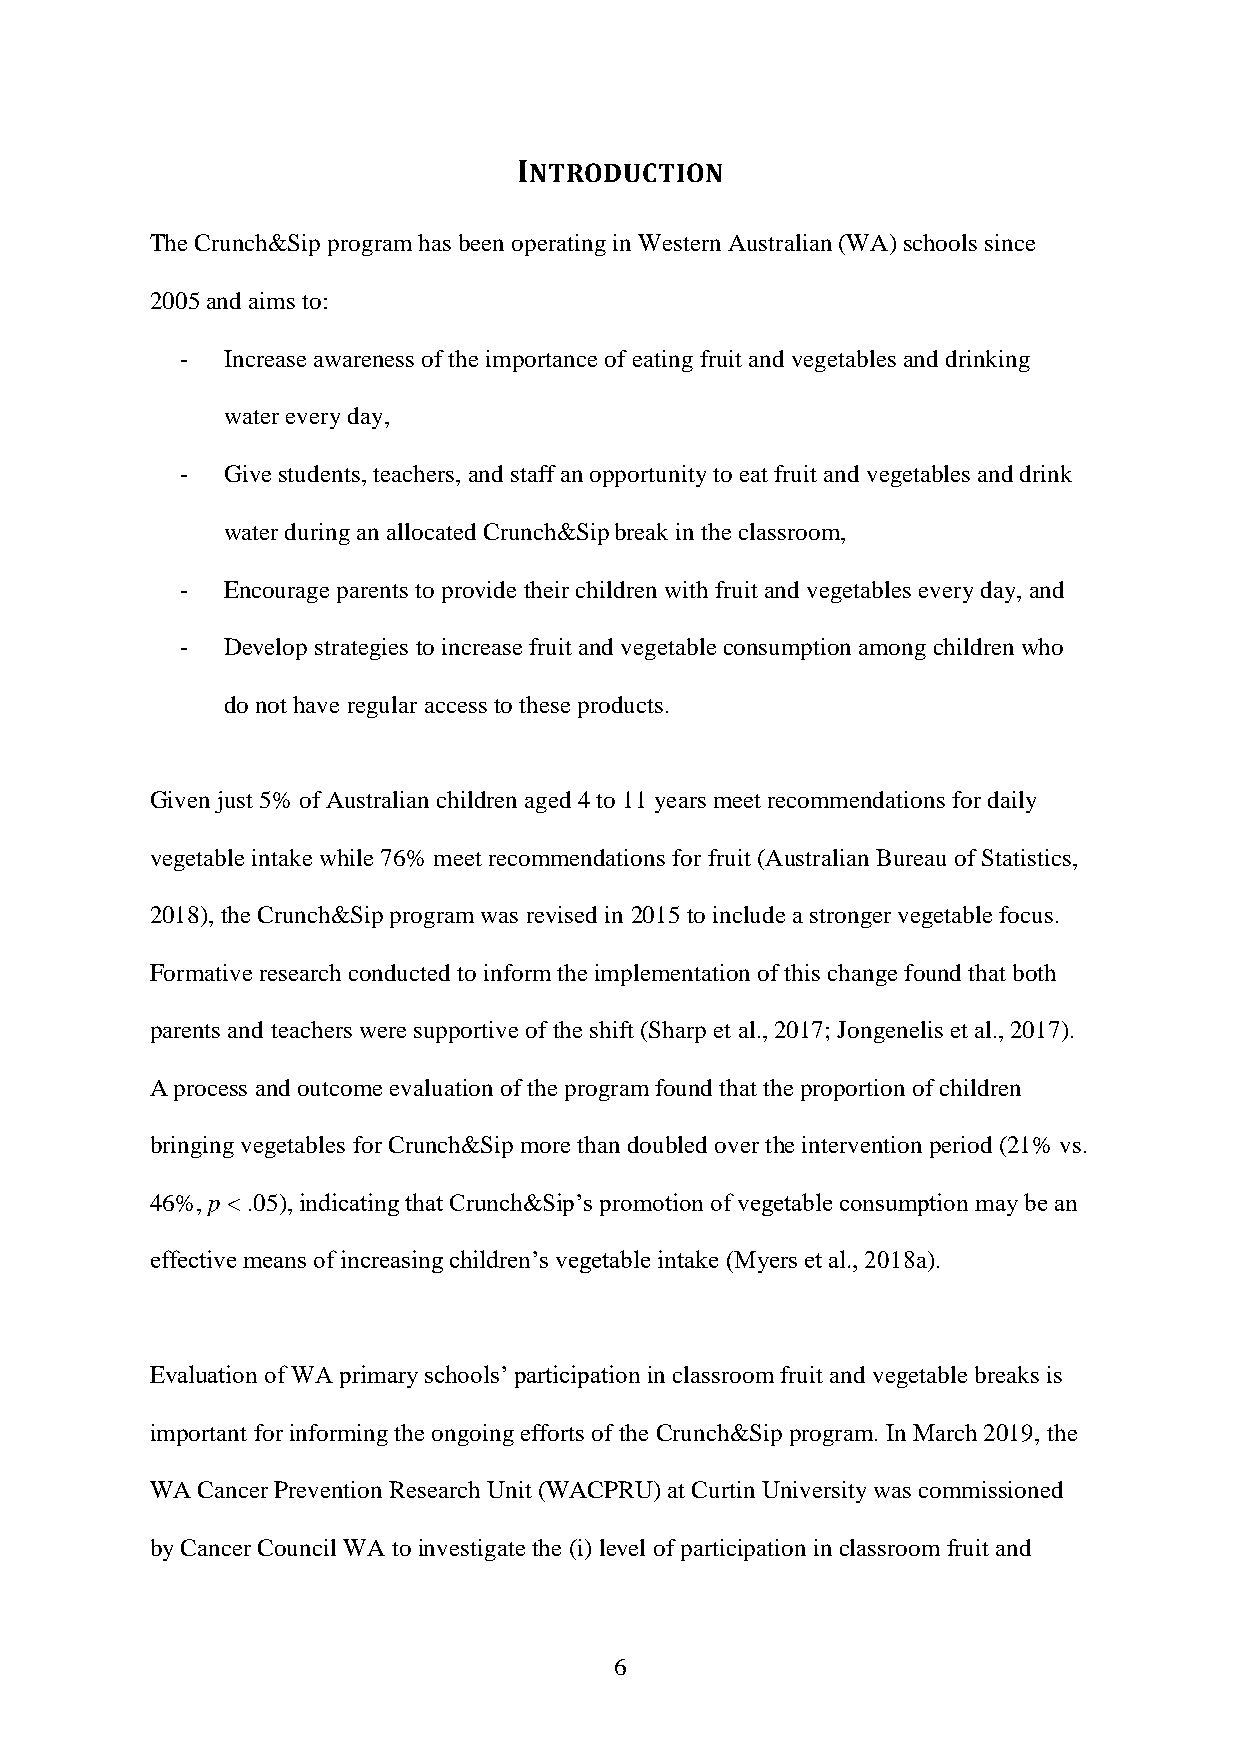
INTRODUCTION
 The Crunch&Sip program has been operating in Western Australian (WA) schools since
 2005 and aims to:
 -  Increase awareness of the importance of eating fruit and vegetables and drinking
 water every day,
 -  Give students, teachers, and staff an opportunity to eat fruit and vegetables and drink
 water during an allocated Crunch&Sip break in the classroom,
 -  Encourage parents to provide their children with fruit and vegetables every day, and
 -  Develop strategies to increase fruit and vegetable consumption among children who
 do not have regular access to these products.
 Given just 5% of Australian children aged 4 to 11 years meet recommendations for daily
 vegetable intake while 76% meet recommendations for fruit (Australian Bureau of Statistics,
 2018), the Crunch&Sip program was revised in 2015 to include a stronger vegetable focus.
 Formative research conducted to inform the implementation of this change found that both
 parents and teachers were supportive of the shift (Sharp et al., 2017; Jongenelis et al., 2017).
 A process and outcome evaluation of the program found that the proportion of children
 bringing vegetables for Crunch&Sip more than doubled over the intervention period (21% vs.
 46%, p < .05), indicating that Crunch&Sip’s promotion of vegetable consumption may be an
 effective means of increasing children’s vegetable intake (Myers et al., 2018a).
 Evaluation of WA primary schools’ participation in classroom fruit and vegetable breaks is
 important for informing the ongoing efforts of the Crunch&Sip program. In March 2019, the
 WA Cancer Prevention Research Unit (WACPRU) at Curtin University was commissioned
 by Cancer Council WA to investigate the (i) level of participation in classroom fruit and
 6